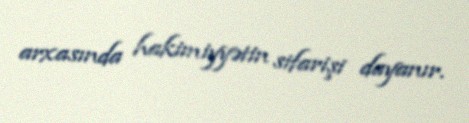
arxasında hakimiyyətin sifarişi dayanır.